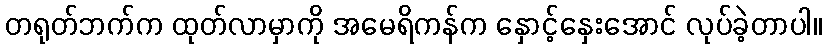
တရုတ်ဘက်က ထုတ်လာမှာကို အမေရိကန်က နှောင့်နှေးအောင် လုပ်ခဲ့တာပါ။